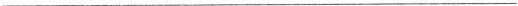
___